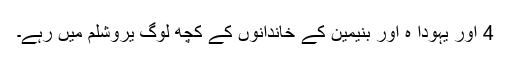
4 اور یہودا ہ اور بنیمین کے خاندانوں کے کچھ لوگ یروشلم میں رہے۔